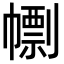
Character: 𢅚